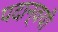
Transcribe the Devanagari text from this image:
पदान्वयी